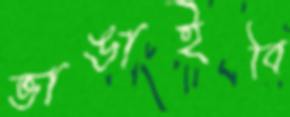
ভাঙাইবি